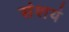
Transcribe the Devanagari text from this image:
संशयं